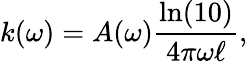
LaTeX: k(\omega)=A(\omega)\frac{\ln(10)}{4\pi\omega\ell},